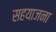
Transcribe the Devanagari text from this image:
सहयाजना